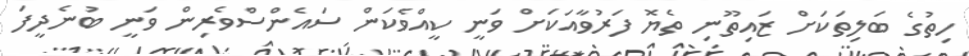
ހިތުގެ ބަލިތަކަށް ޒައިތޫނި ތެޔޮ ފަރުވާއަކަށް ވަނީ ކީއްވެކަން ސައެންސްވެރިން ވަނީ ބުނެދީފަ